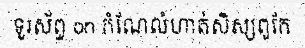
ទូរស័ព្ទ on កំណែលំហាត់សិស្សពូកែ